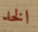
الخد